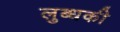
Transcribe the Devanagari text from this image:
लुब्धकी